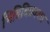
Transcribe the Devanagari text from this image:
भित्तिचित्रकला